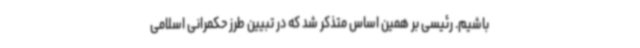
باشیم. رئیسی بر همین اساس متذکر شد که در تبیین طرز حکمرانی اسلامی